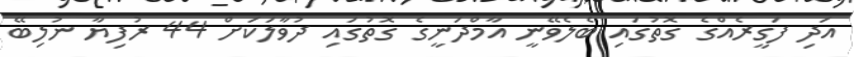
އަދި ފަގީރެއްގެ ގޮތުގައި ބެލެވޭނީ އާމްދަނީގެ ގޮތުގައި ދުވާލަކަށް 44 ރުފިޔާ ނުލިބޭ